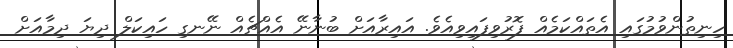
ހިނިތުންވުމުގައި އެތައްކަމެއް ފޮރުވިފައިވިއެވެ. އައިރާއަށް ބުނާނޭ އެއްޗެއް ނޭނގި ހައިކަލް ދިޔަ ދިމާއަށް